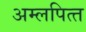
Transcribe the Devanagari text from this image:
अम्‍लपित्‍त